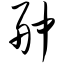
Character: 舯